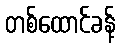
တစ်ထောင်ခန့်